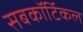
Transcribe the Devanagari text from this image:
सबकॉर्टिकल